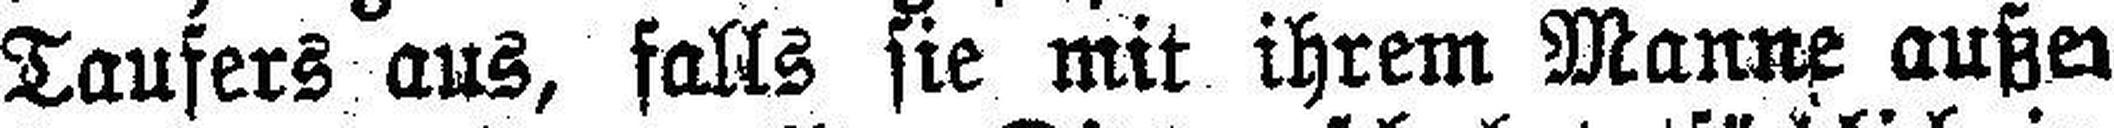
Taufers aus, falls sie mit ihrem Manne außer